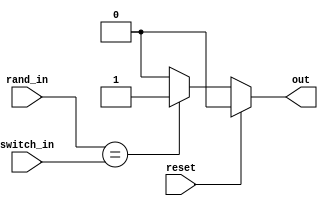
`timescale 1ns / 1ps
//////////////////////////////////////////////////////////////////////////////////
// Company: 
// Engineer: 
// 
// Design Name: 
// Module Name: checkInput
// Project Name: 
// Target Devices: 
// Tool Versions: 
// Description:
// 
// Dependencies: 
// 
// Revision:
// Revision 0.01 - File Created
// Additional Comments:
// 
//////////////////////////////////////////////////////////////////////////////////


module checkInput(reset, rand_in, switch_in, out);

input  reset;
input  [4:0] rand_in, switch_in;
output  out;

wire reset;
wire [4:0] rand_in, switch_in;

assign out = (reset)? 0 : (rand_in == switch_in)? 1 : 0;

endmodule